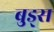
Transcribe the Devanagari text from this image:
बुड्स